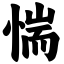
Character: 惴